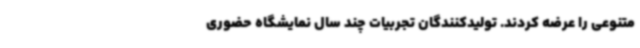
متنوعی را عرضه کردند. تولیدکنندگان تجربیات چند سال نمایشگاه حضوری